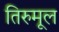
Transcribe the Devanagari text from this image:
तिरुमूल